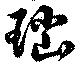
瑙